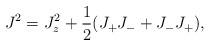
LaTeX: \begin{align*}J^2 = J_z^2 + \frac{1}{2}(J_+ J_- + J_- J_+),\end{align*}